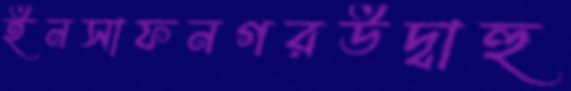
ইনসাফনগরউদ্বাহু